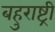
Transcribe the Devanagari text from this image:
बहुराष्ट्री